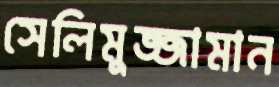
সেলিমুজ্জামান